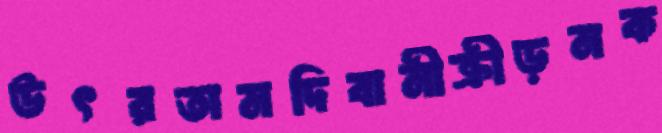
উৎরতামদিবানীক্রীড়নক